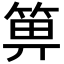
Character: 箅